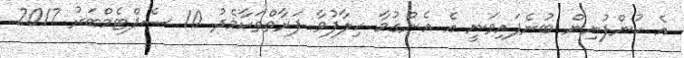
އެ ކުންފުނިން ބުނެފައިވަނީ އެ އެންގުމާ ހިލާފުވާ ފަރާތްތަކާމެދު 10 ސެޕްޓެމްބަރު 2017